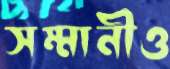
সম্মানীও